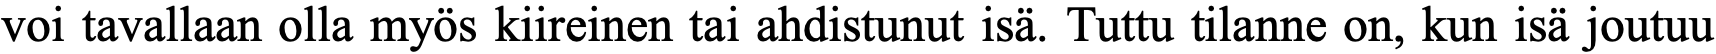
voi tavallaan olla myös kiireinen tai ahdistunut isä. Tuttu tilanne on, kun isä joutuu